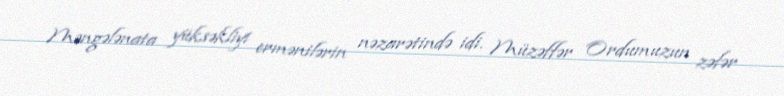
Məngələnata yüksəkliyi ermənilərin nəzarətində idi. Müzəffər Ordumuzun zəfər